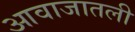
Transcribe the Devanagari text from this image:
आवाजातली